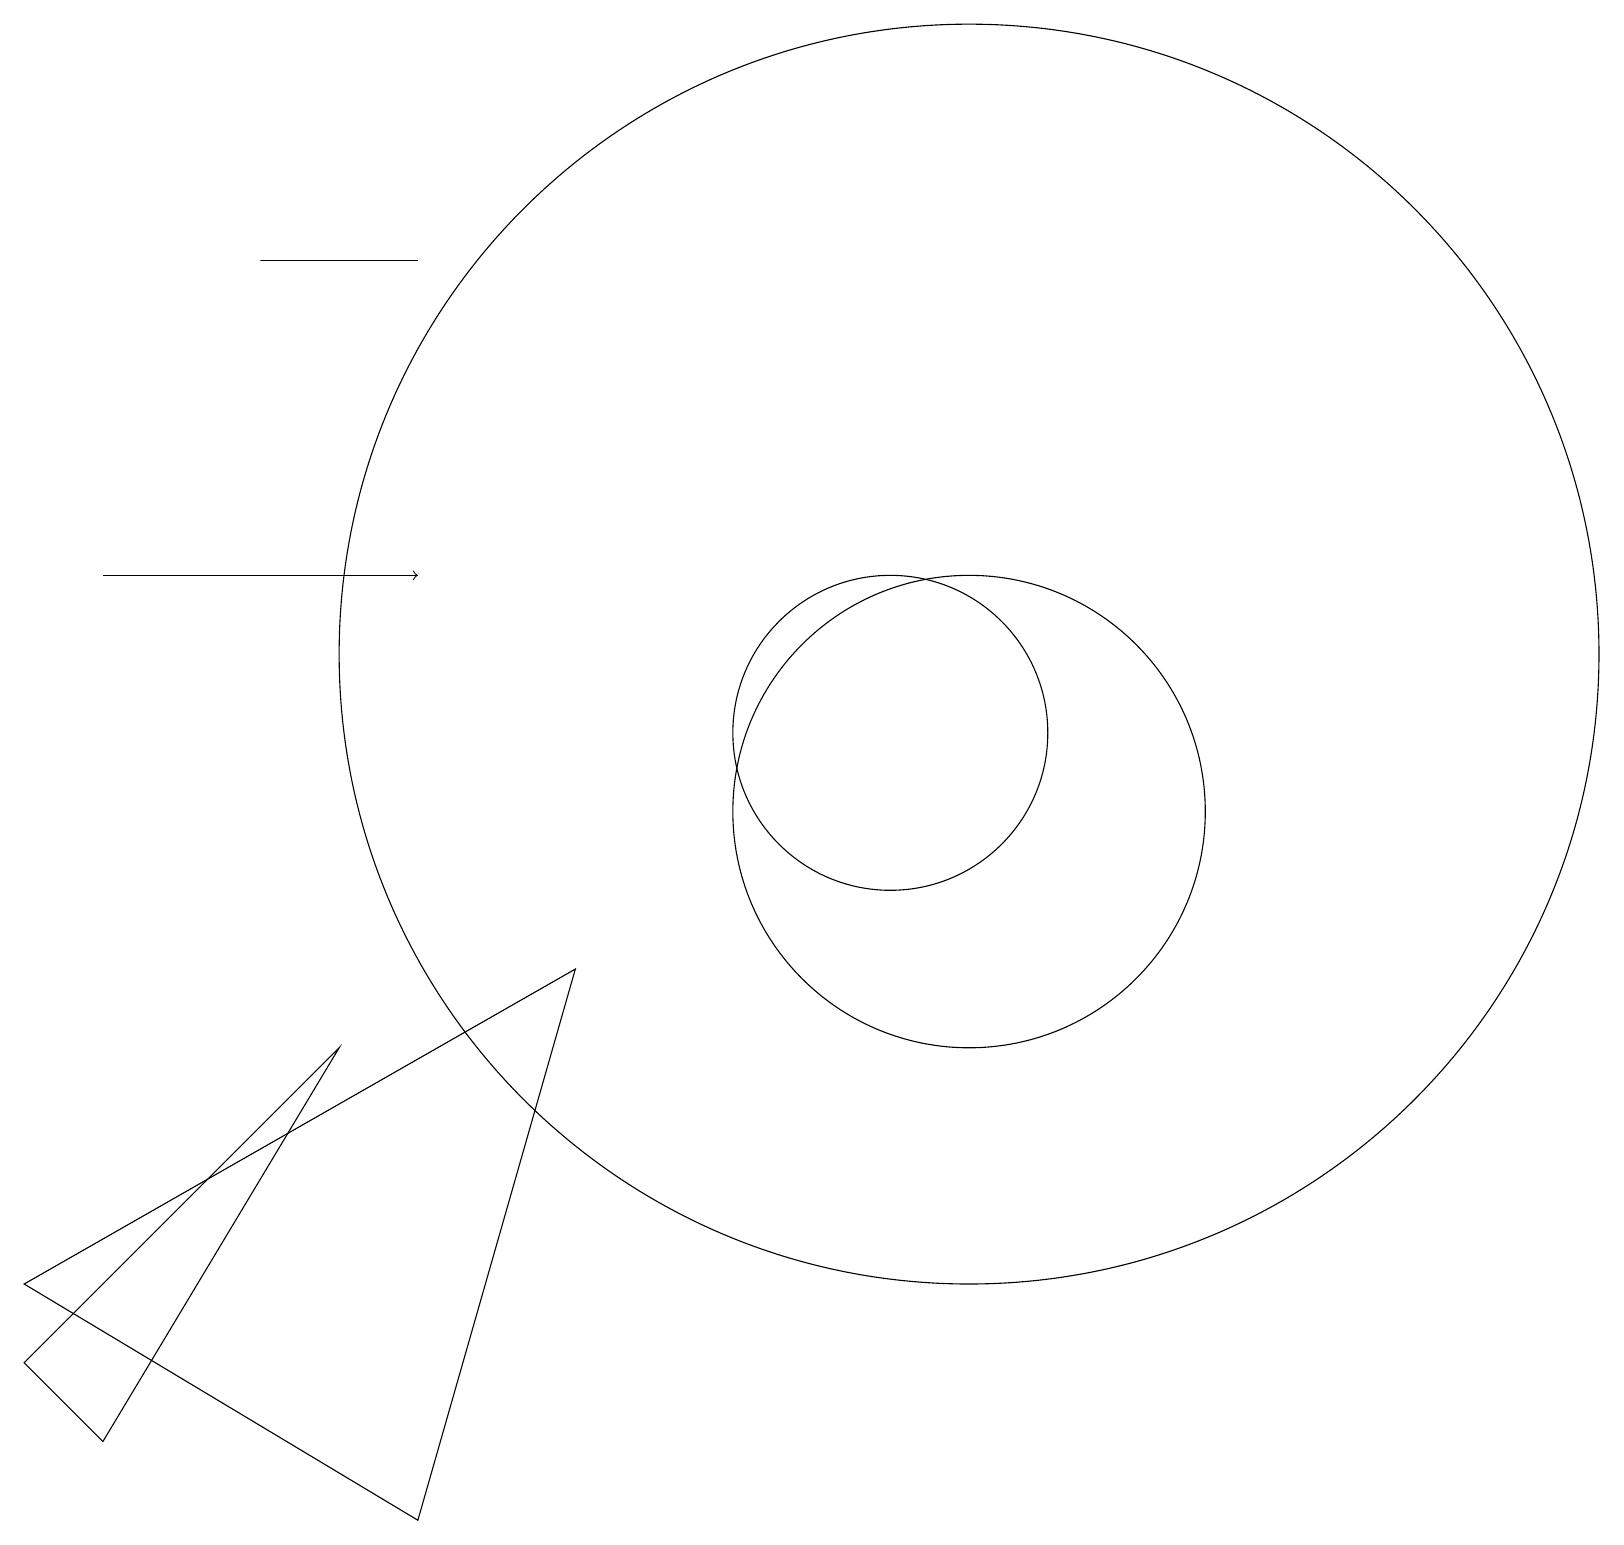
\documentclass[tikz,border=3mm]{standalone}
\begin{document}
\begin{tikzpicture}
\draw (12,10) circle (3);
\draw (7,8) -- (0,4) -- (5,1) -- cycle;
\draw (10,10) circle (0);
\draw (4,7) -- (0,3) -- (1,2) -- cycle;
\draw (11,11) circle (2);
\draw (3,17) rectangle (5,17);
\draw (12,12) circle (8);
\draw[->] (1,13) -- (5,13);
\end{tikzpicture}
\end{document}